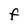
Character: F